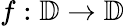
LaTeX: f:\mathbb{D}\rightarrow\mathbb{D}